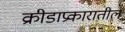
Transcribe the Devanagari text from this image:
क्रीडाप्रकारातील